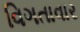
વિગતાવાર